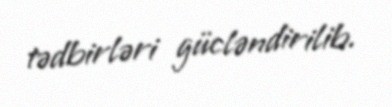
tədbirləri gücləndirilib.